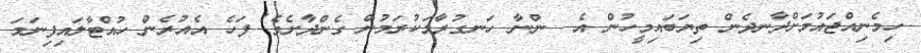
ހިމެނިއްޖައުމަށްދާނދެން ތިޔަބައިމީހުން އެ  ންނާ ހަނގުރާމަކުރަމުން ގެންދާށެވެ! ފަހެ އެއުރެން ހުއްޓާލައިފިނަމަ